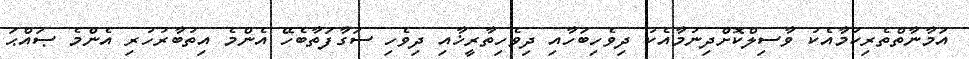
އަމާނާތްތެރިކަމާއެކު ވާސިލްކޮށްދިނުމާއެކު ދިވެހިބަހާއި ދިވެހިތާރީޚާއި ދިވެހި ސަގާފަތާބެހޭ އެންމެ އިތުބާރުހުރި އެންމެ ޞައްޙަ